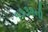
૧૭૩૨ની